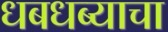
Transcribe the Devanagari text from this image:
धबधब्याचा